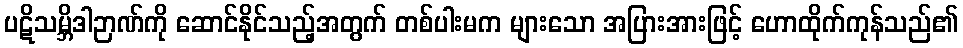
ပဋိသမ္ဘိဒါဉာဏ်ကို ဆောင်နိုင်သည့်အတွက် တစ်ပါးမက များသော အပြားအားဖြင့် ဟောထိုက်ကုန်သည်၏